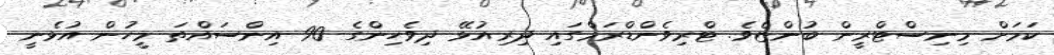
ކަމަށް މިނިސްޓްރީން ބުންޏެވެ. ޓްރިވެންޑްރަމްގައި ދިރިއުޅޭ ދިވެހިންގެ 90 އިންސައްތަ މީހުން އުޅެނީ